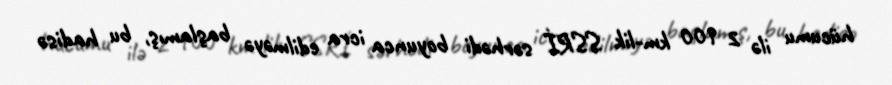
hücumu ilə 2 900 km-lik SSRİ sərhədi boyunca icra edilməyə başlamış, bu hadisə